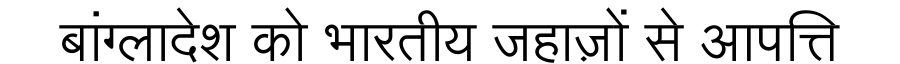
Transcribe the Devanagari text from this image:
बांग्लादेश को भारतीय जहाज़ों से आपत्ति